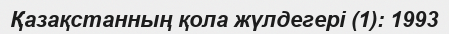
Қазақстанның қола жүлдегері (1): 1993